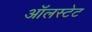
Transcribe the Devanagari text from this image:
ऑलस्टेट